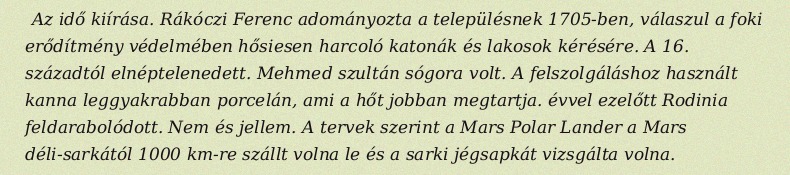
Az idő kiírása. Rákóczi Ferenc adományozta a településnek 1705-ben, válaszul a foki erődítmény védelmében hősiesen harcoló katonák és lakosok kérésére. A 16. századtól elnéptelenedett. Mehmed szultán sógora volt. A felszolgáláshoz használt kanna leggyakrabban porcelán, ami a hőt jobban megtartja. évvel ezelőtt Rodinia feldarabolódott. Nem és jellem. A tervek szerint a Mars Polar Lander a Mars déli-sarkától 1000 km-re szállt volna le és a sarki jégsapkát vizsgálta volna.